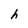
Character: h